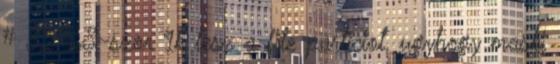
# 32768-szor 1k lesz a file particiot, ugyhogy maski